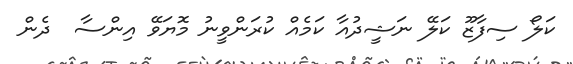
ކަލޯ ސިފާޒޫ ކަލޭ ނަޝީދުއާ ކަމެއް ކުރަންވީނު މޮޔަވޭ އިންސާ  ދެން